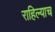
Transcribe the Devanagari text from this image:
राहिल्याच